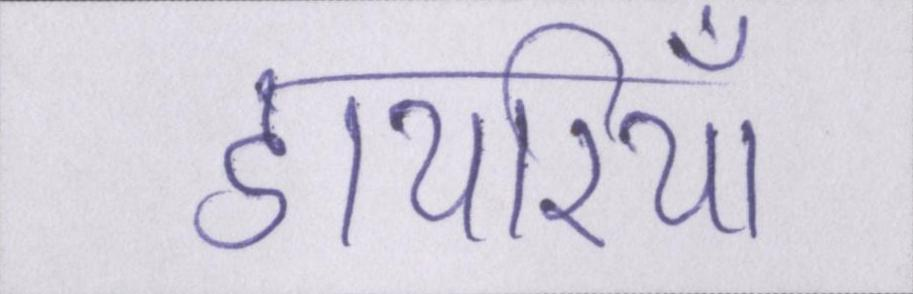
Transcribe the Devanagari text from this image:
डायरियाँ